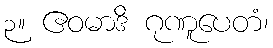
၃။ ဧဝမာဒိ ဂုဏူပေတံ၊